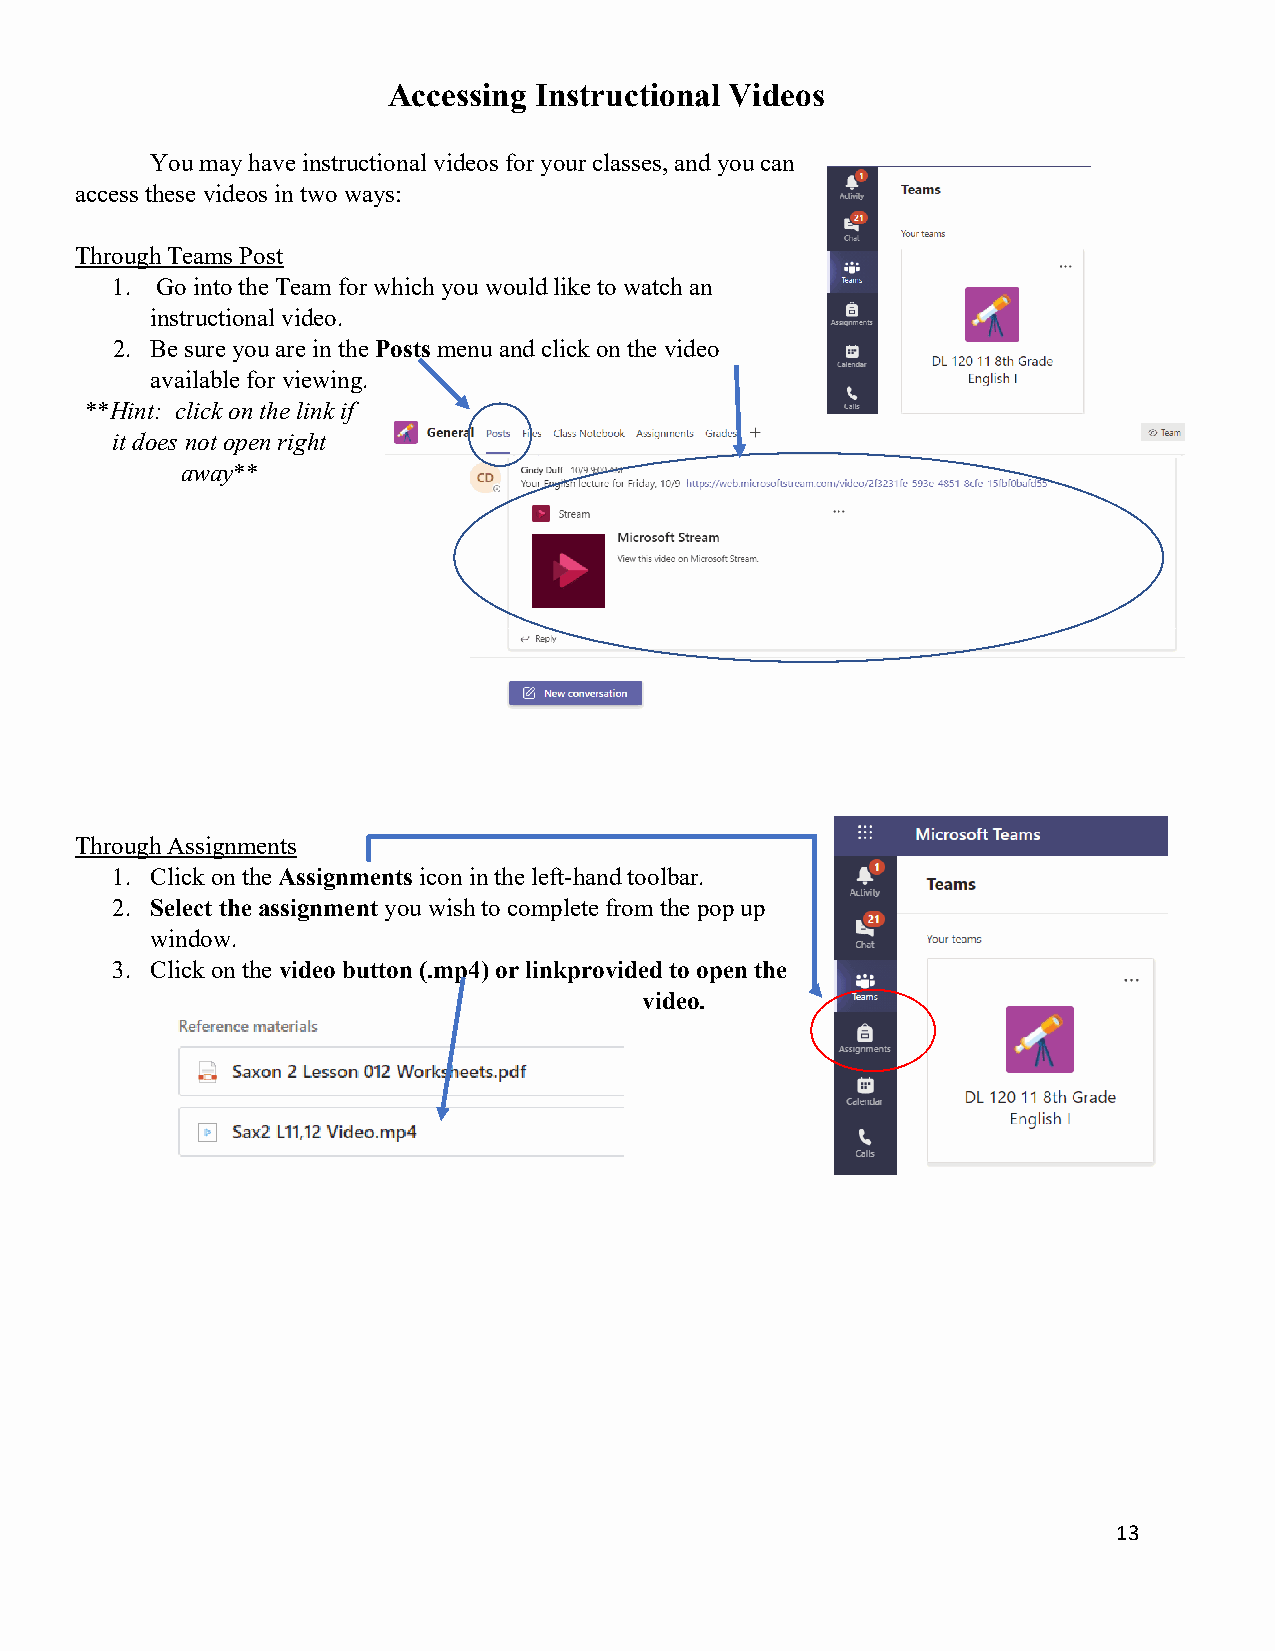
Accessing Instructional Videos
 You may have instructional videos for your classes, and you can
 access these videos in two ways:
 Through Teams Post
 1. Go into the Team for which you would like to watch an
 instructional video.
 2. Be sure you are in the Posts menu and click on the video
 available for viewing.
 **Hint: click on the link if
 it does not open right
 away**
 Through Assignments
 1. Click on the Assignments icon in the left-hand toolbar.
 2. Select the assignment you wish to complete from the pop up
 window.
 3. Click on the video button (.mp4) or linkprovided to open the
 video.
 13